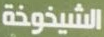
الشيخوخة